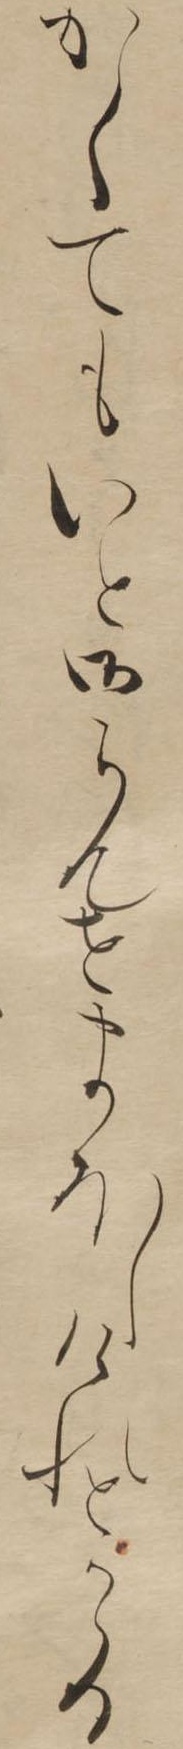
かくてもいと御らんせまほしけれとかゝる